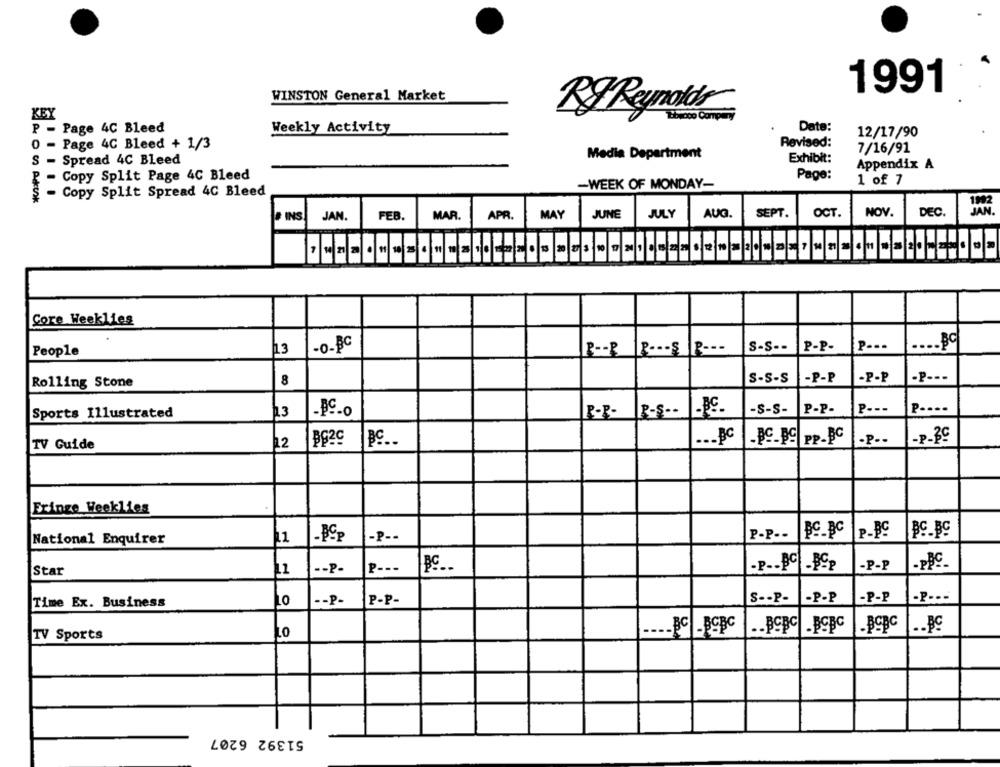
1991
WINSTON General Market
R&Reynolds
KB
P - Page 4C Bleed
Weekly Activity
Date:
12/17/90
0
Page 4C Bleed + 1/3
Revised:
7/16/91
S - Spread 4C Bleed
Media Department
Exhibit:
Appendix A
- Copy Split Page 4C Bleed
Page:
-WEEK OF MONDAY-
1 of 7
Copy Split Spread 4C Bleed
MAR.
APR.
MAY
JUNE
JULY
AUG.
SEPT.
OCT.
NOV.
DEC
# INS JAN.
FEB.
Core Weeklies
P ---
People
13
-o-BC
P -- P
P .-- SP ---
S-S --
P-P-
Rolling Stone
8
S-S-S
-P-P
-P-P
-P ---
Sports Illustrated
13
IP-S --
-s-s-
P-P-
P ---
P ----
TV Guide
12
BG29
BC ..
... BC
BS-PSPP-BC
-P --
Fringe Weeklies
-P --
P-P --
P_BC
National Enquirer
L1
P ---
-P-P
-PBC.
Star
L1
-- P
s -- P-
-P-P
-P-P
-P ---
Time Ex. Business
0
-- P-
P-P-
.. BC
TV Sports
LO
51392 6207